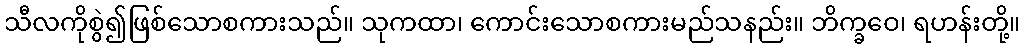
သီလကိုစွဲ၍ဖြစ်သောစကားသည်။ သုကထာ၊ ကောင်းသောစကားမည်သနည်း။ ဘိက္ခဝေ၊ ရဟန်းတို့။